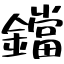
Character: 鐺